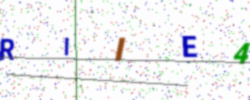
Text: RIIE4